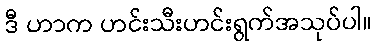
ဒီ ဟာက ဟင်းသီးဟင်းရွက်အသုပ်ပါ။